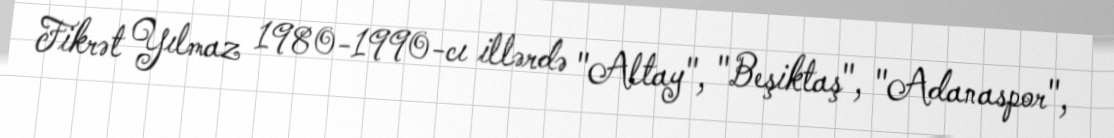
Fikrət Yılmaz 1980-1990-cı illərdə "Altay", "Beşiktaş", "Adanaspor",